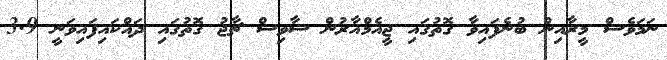
ނަމަވެސް މީރާއިން ބުނެފައިވާ ގޮތުގައި ޖީއެމްއާރުން ސާވިސް ޗާޖު ގޮތުގައި ދައްކައިފައިވަނީ 3.9